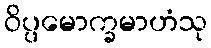
ဝိပ္ပမောက္ခမာဟံသု